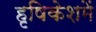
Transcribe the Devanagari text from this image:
हृषिकेशमें